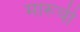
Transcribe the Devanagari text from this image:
मारूची